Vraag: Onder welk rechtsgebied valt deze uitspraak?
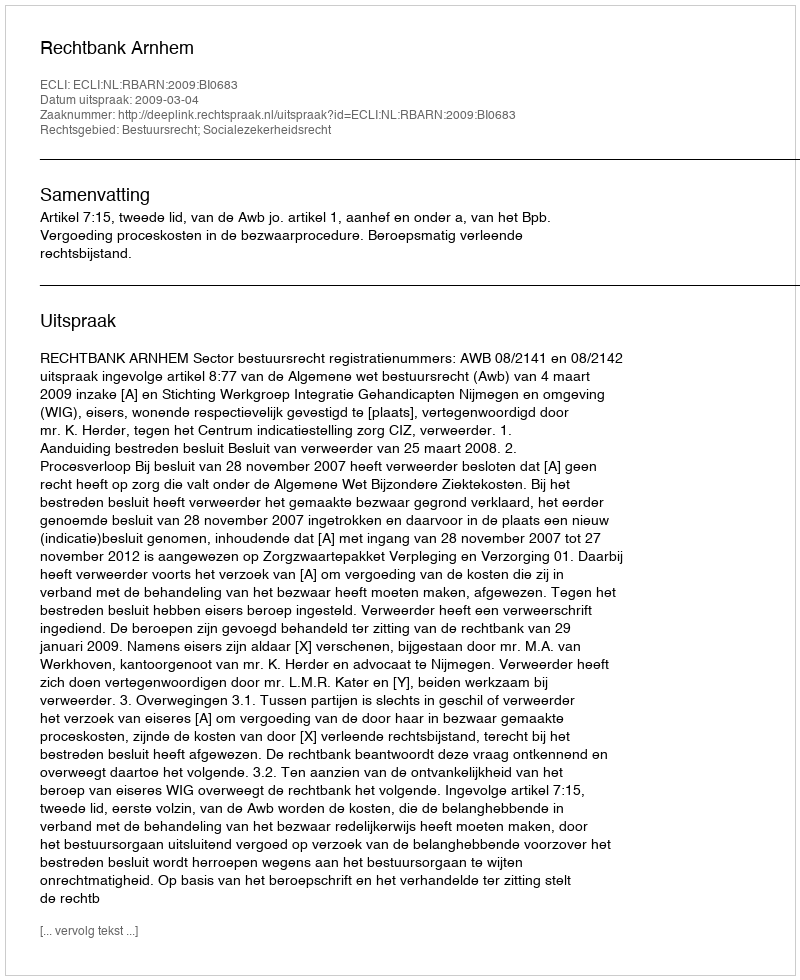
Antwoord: Bestuursrecht; Socialezekerheidsrecht